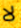
لا